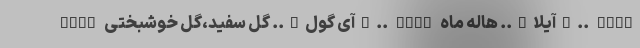
AYFR آی گول….. گل سفید،گل خوشبختی….. AYGL آیلا….. هاله ماه….. AYLA